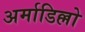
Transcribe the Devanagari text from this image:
अर्माडिल्लो